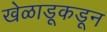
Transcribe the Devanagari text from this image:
खेळाडूकडून